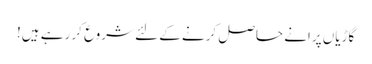
گاڑیاں پرانے حاصل کرنے کے لئے شروع کر رہے ہیں!